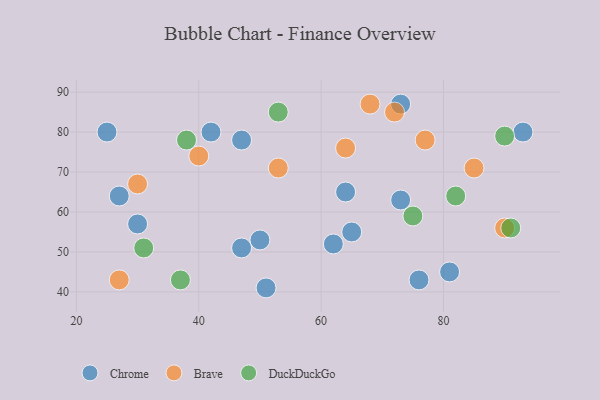
{"axis": {"x": "GDP", "y": "Life Expectancy"}, "legend": ["Brave", "Chrome", "DuckDuckGo"], "data": [{"x": "81", "y": 45, "type": "Chrome"}, {"x": "51", "y": 41, "type": "Chrome"}, {"x": "73", "y": 87, "type": "Chrome"}, {"x": "30", "y": 57, "type": "Chrome"}, {"x": "50", "y": 53, "type": "Chrome"}, {"x": "25", "y": 80, "type": "Chrome"}, {"x": "42", "y": 80, "type": "Chrome"}, {"x": "64", "y": 65, "type": "Chrome"}, {"x": "62", "y": 52, "type": "Chrome"}, {"x": "76", "y": 43, "type": "Chrome"}, {"x": "65", "y": 55, "type": "Chrome"}, {"x": "47", "y": 51, "type": "Chrome"}, {"x": "27", "y": 64, "type": "Chrome"}, {"x": "47", "y": 78, "type": "Chrome"}, {"x": "93", "y": 80, "type": "Chrome"}, {"x": "73", "y": 63, "type": "Chrome"}, {"x": "27", "y": 43, "type": "Brave"}, {"x": "85", "y": 71, "type": "Brave"}, {"x": "40", "y": 74, "type": "Brave"}, {"x": "68", "y": 87, "type": "Brave"}, {"x": "72", "y": 85, "type": "Brave"}, {"x": "77", "y": 78, "type": "Brave"}, {"x": "53", "y": 71, "type": "Brave"}, {"x": "30", "y": 67, "type": "Brave"}, {"x": "64", "y": 76, "type": "Brave"}, {"x": "90", "y": 56, "type": "Brave"}, {"x": "38", "y": 78, "type": "DuckDuckGo"}, {"x": "91", "y": 56, "type": "DuckDuckGo"}, {"x": "37", "y": 43, "type": "DuckDuckGo"}, {"x": "31", "y": 51, "type": "DuckDuckGo"}, {"x": "53", "y": 85, "type": "DuckDuckGo"}, {"x": "82", "y": 64, "type": "DuckDuckGo"}, {"x": "90", "y": 79, "type": "DuckDuckGo"}, {"x": "75", "y": 59, "type": "DuckDuckGo"}]}